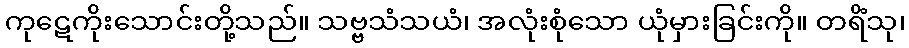
ကုဋေကိုးသောင်းတို့သည်။ သဗ္ဗသံသယံ၊ အလုံးစုံသော ယုံမှားခြင်းကို။ တရိံသု၊